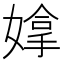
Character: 𫱗